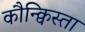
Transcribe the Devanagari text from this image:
कौन्क्विस्ता